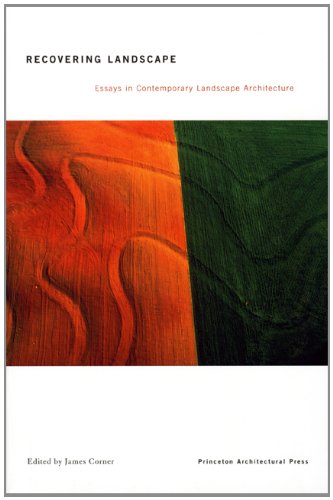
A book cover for Recovering Landscape: Essays in Contemporary Landscape Architecture; Arts & Photography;